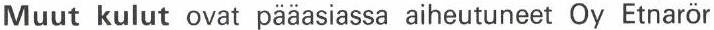
Muut kulut ovat pääasiassa aiheutuneet Oy Etnarör